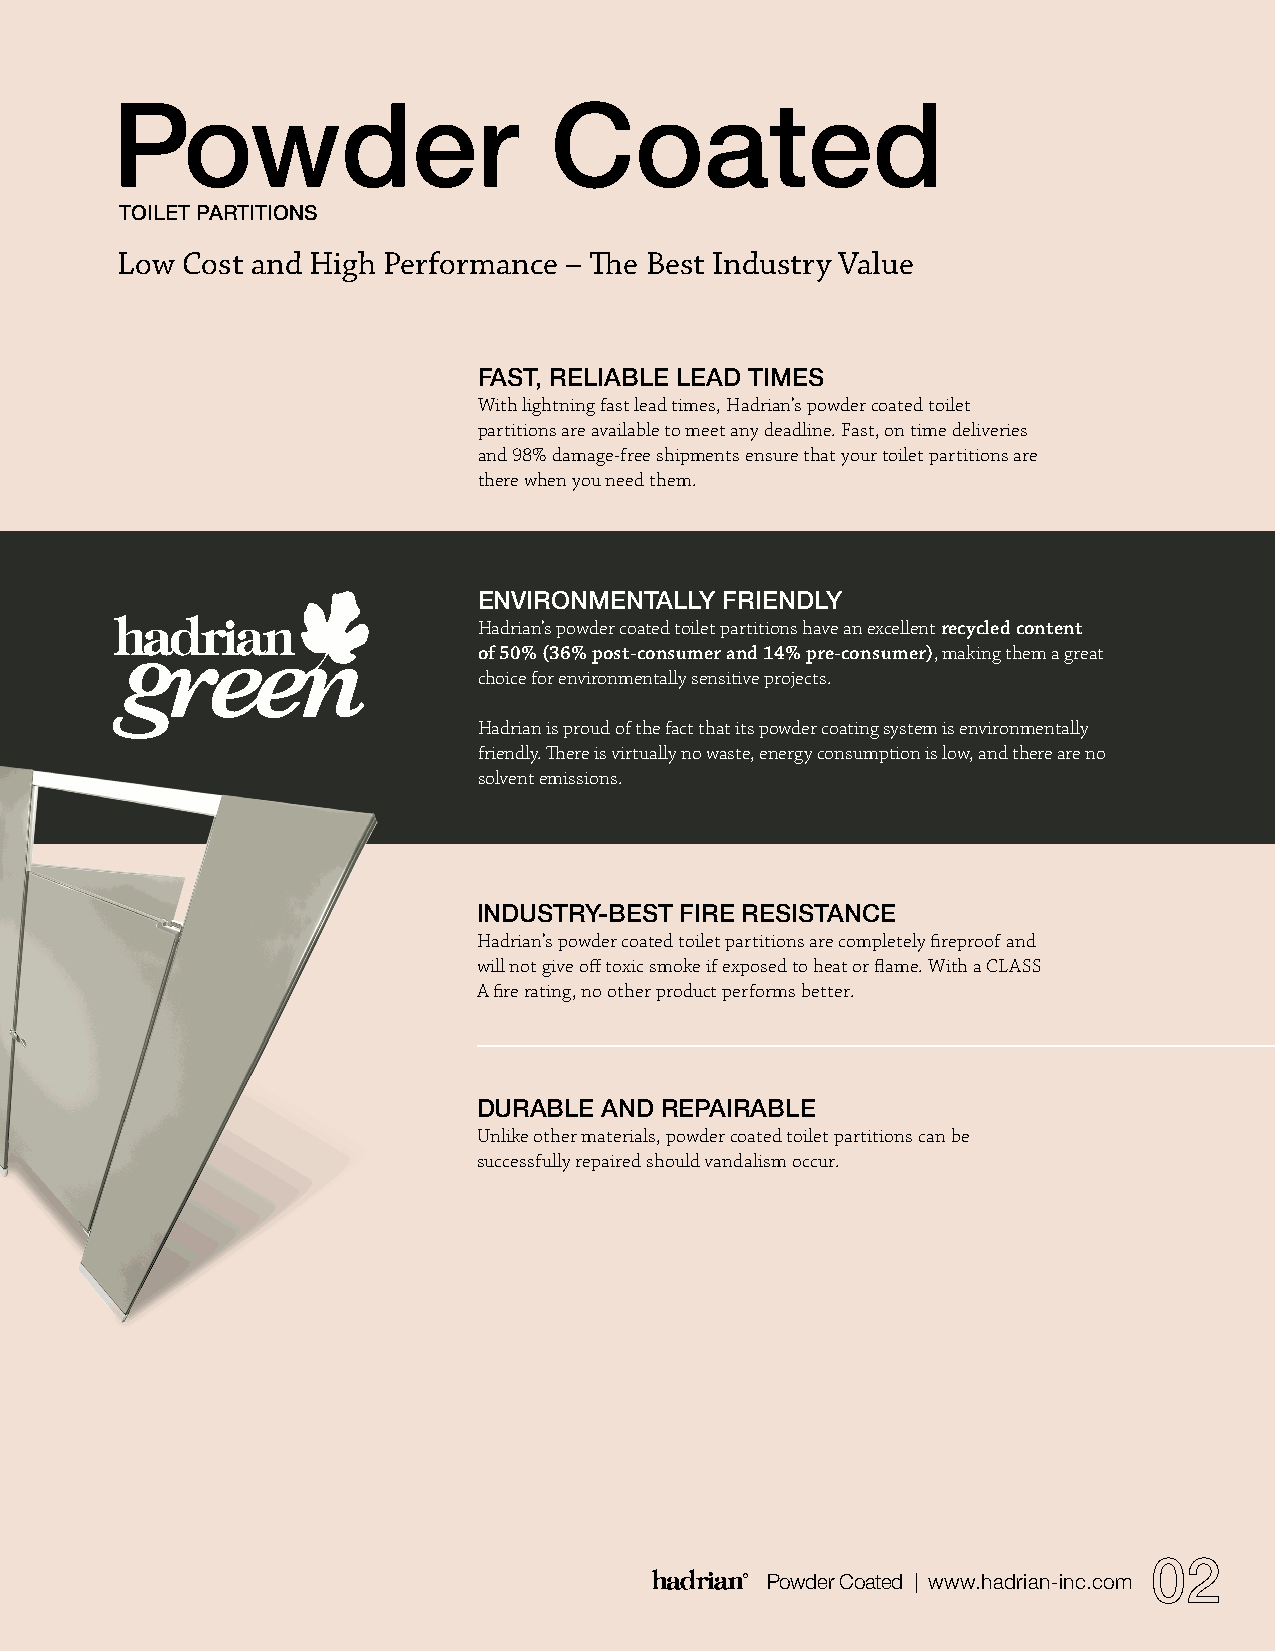
Powder                       Coated
 TOILET PARTITIONS
 Low Cost and High Performance – The Best Industry Value
 FAST, RELIABLE LEAD TIMES
 With lightning fast lead times, Hadrian’s powder coated toilet
 partitions are available to meet any deadline. Fast, on time deliveries
 and 98% damage-free shipments ensure that your toilet partitions are
 there when you need them.
 ENVIRONMENTALLY FRIENDLY
 Hadrian’s powder coated toilet partitions have an excellent recycled content
 of 50% (36% post-consumer and 14% pre-consumer), making them a great
 choice for environmentally sensitive projects.
 Hadrian is proud of the fact that its powder coating system is environmentally
 friendly. There is virtually no waste, energy consumption is low, and there are no
 solvent emissions.
 INDUSTRY-BEST FIRE RESISTANCE
 Hadrian’s powder coated toilet partitions are completely fireproof and
 will not give off toxic smoke if exposed to heat or flame. With a CLASS
 A fire rating, no other product performs better.
 DURABLE AND REPAIRABLE
 Unlike other materials, powder coated toilet partitions can be
 successfully repaired should vandalism occur.
 02
 Powder Coated | www.hadrian-inc.com